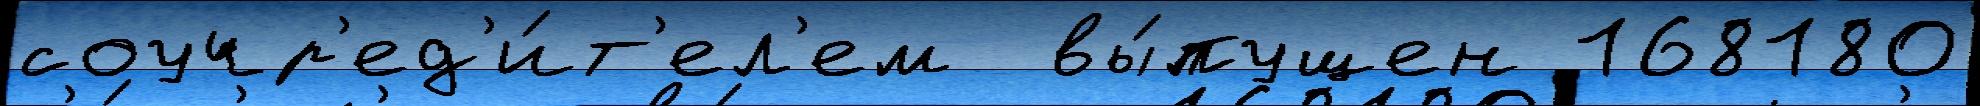
соучр'ед'и́т'ел'ем  вы́пущен 168180